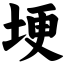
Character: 埂